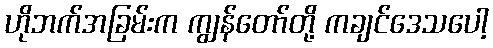
ဟိုဘက်အခြမ်းက ကျွန်တော်တို့ ကချင်ဒေသပေါ့